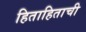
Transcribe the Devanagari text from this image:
हिताहिताची